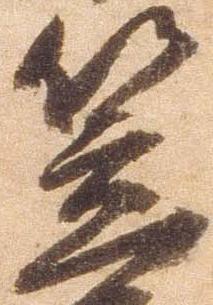
笠